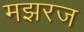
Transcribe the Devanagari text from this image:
मझरज